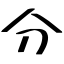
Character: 分